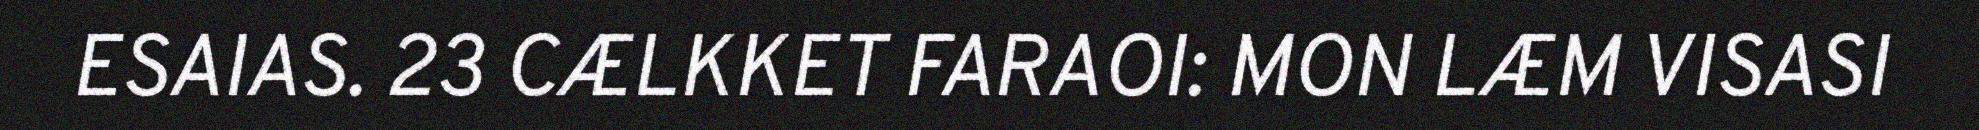
ESAIAS. 23 CÆLKKET FARAOI: MON LÆM VISASI